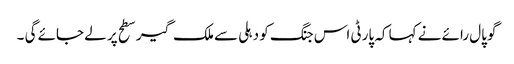
گوپال رائے نے کہا کہ پارٹی اس جنگ کو دہلی سے ملک گیر سطح پر لے جائے گی ۔